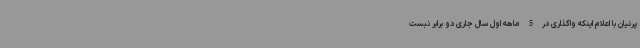
پرنیان با اعلام اینکه واگذاری در 5 ماهه اول سال جاری دو برابر نبست